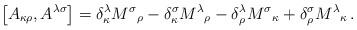
LaTeX: \begin{align*}\left[ A_{\kappa\rho} , A^{\lambda\sigma} \right] = \delta_\kappa^\lambda {M^\sigma}_\rho - \delta_\kappa^\sigma {M^\lambda}_\rho - \delta_\rho^\lambda {M^\sigma}_\kappa + \delta_\rho^\sigma {M^\lambda}_\kappa \,.\end{align*}